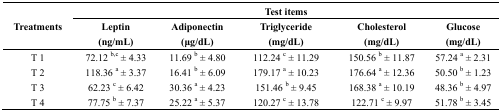
<table><thead><tr><td></td><td colspan="5"><b>Test items</b></td></tr><tr><td><b>Treatments</b></td><td><b>Leptin (ng/mL)</b></td><td><b>Adiponectin (μg/dL)</b></td><td><b>Triglyceride (mg/dL)</b></td><td><b>Cholesterol (mg/dL)</b></td><td><b>Glucose (mg/dL)</b></td></tr></thead><tbody><tr><td>T 1</td><td>72.12 b,c ± 4.33</td><td>11.69 b ± 4.80</td><td>112.24 c ± 11.29</td><td>150.56 b ± 11.87</td><td>57.24 a ± 2.31</td></tr><tr><td>T 2</td><td>118.36 a ± 3.37</td><td>16.41 b ± 6.09</td><td>179.17 a ± 10.23</td><td>176.64 a ± 12.36</td><td>50.50 b ± 1.23</td></tr><tr><td>T 3</td><td>62.23 c ± 6.42</td><td>30.36 a ± 4.23</td><td>151.46 b ± 9.45</td><td>168.38 a ± 10.19</td><td>48.36 b ± 4.97</td></tr><tr><td>T 4</td><td>77.75 b ± 7.37</td><td>25.22 a ± 5.37</td><td>120.27 c ± 13.78</td><td>122.71 c ± 9.97</td><td>51.78 b ± 3.45</td></tr></tbody></table>